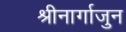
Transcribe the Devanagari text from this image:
श्रीनार्गाजुन